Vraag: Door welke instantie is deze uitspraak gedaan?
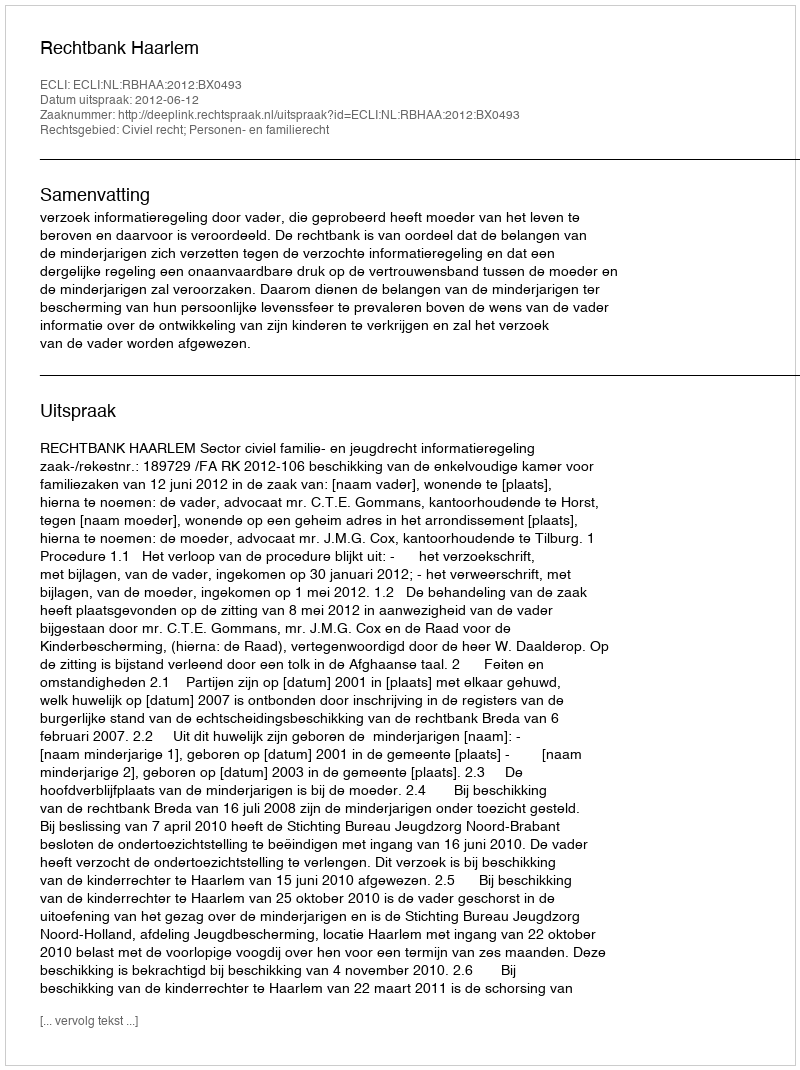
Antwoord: Rechtbank Haarlem